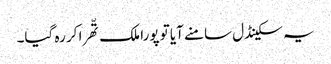
یہ سکینڈل سامنے آیا تو پورا ملک تّھرا کر رہ گیا۔